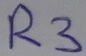
Text: R3